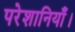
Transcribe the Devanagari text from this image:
परेशानियाँ।